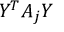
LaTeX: Y ^ { T } A _ { j } Y